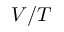
V / T